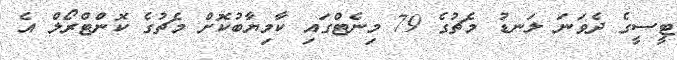
ޓީސީގެ ދެވަނަ ލަނޑު މެޗުގެ 79 މިނެޓްގައި ކާމިޔާބުކޮށް މެޗުގެ ކޮންޓްރޯލް އެ